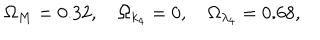
LaTeX: \Omega _ { M } = 0 . 3 2 , \quad \Omega _ { k _ { 4 } } = 0 , \quad \Omega _ { \lambda _ { 4 } } = 0 . 6 8 ,